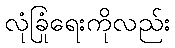
လုံခြုံရေးကိုလည်း